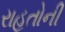
રાહતોની